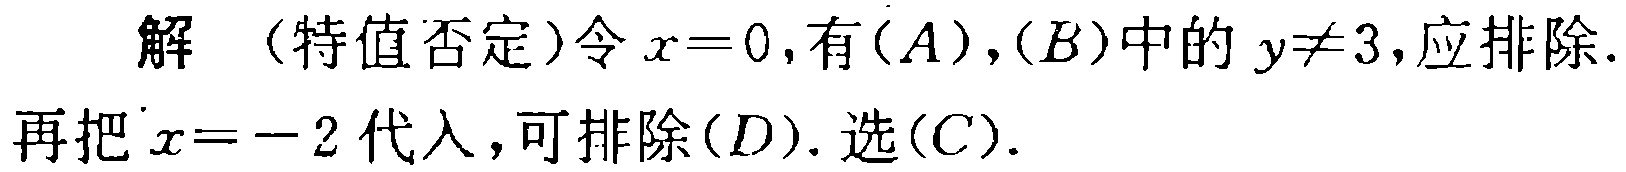
解（特值否定）令\(x = 0\)，有\((A)\)，\((B)\)中的\(y\neq3\)，应排除.
再把\(x = - 2\)代入，可排除\((D)\). 选\((C)\).